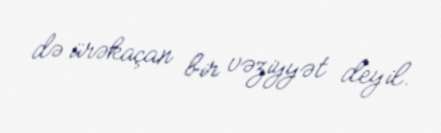
də ürəkaçan bir vəziyyət deyil.